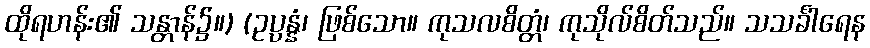
ထိုရဟန်း၏ သန္တာန်၌။) (ဥပ္ပန္နံ၊ ဖြစ်သော။ ကုသလစိတ္တံ၊ ကုသိုလ်စိတ်သည်။ သသင်္ခါရေန